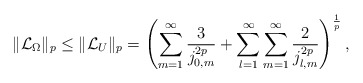
\begin{align*}\|\mathcal{L}_{\Omega}\|_{p}\leq\|\mathcal{L}_{U}\|_{p}=\left(\sum_{m=1}^{\infty}\frac{3}{j_{0,m}^{2p}}+\sum_{l=1}^{\infty}\sum_{m=1}^{\infty}\frac{2}{j_{l,m}^{2p}}\right)^{\frac{1}{p}},\end{align*}